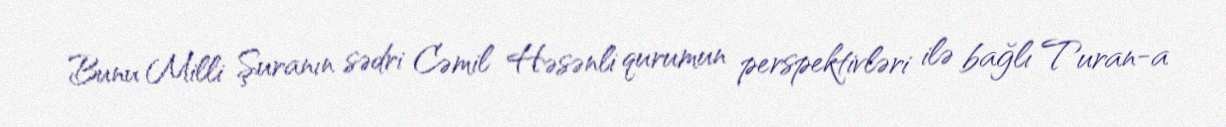
Bunu Milli Şuranın sədri Cəmil Həsənli qurumun perspektivləri ilə bağlı Turan-a